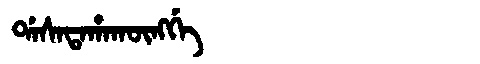
Manchu: ᡩᠠᠰᠠᡨᠠᡥᠠᡴᡡᠩᡤᡝ
Romanization: DASATAHAKŪNGGE